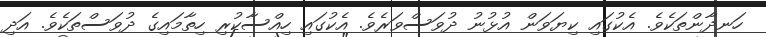
ހަނދާންތަކެވެ. އެކުގައި ކިޔަވަން އުޅުނު ދުވަސްވަރެވެ. އެކުގައި ހިއްސާކުރި ހިތާމައިގެ ދުވަސްތަކެވެ. އަދި